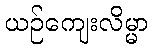
ယဉ်ကျေးလိမ္မာ